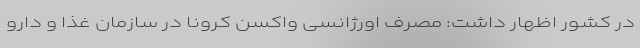
در کشور اظهار داشت: مصرف اورژانسی واکسن کرونا در سازمان غذا و دارو